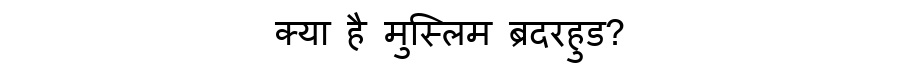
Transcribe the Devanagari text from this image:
क्या है मुस्लिम ब्रदरहुड?